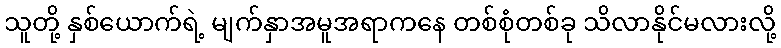
သူတို့ နှစ်ယောက်ရဲ့ မျက်နှာအမူအရာကနေ တစ်စုံတစ်ခု သိလာနိုင်မလားလို့